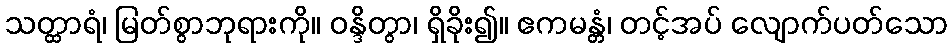
သတ္ထာရံ၊ မြတ်စွာဘုရားကို။ ဝန္ဒိတွာ၊ ရှိခိုး၍။ ဧကမန္တံ၊ တင့်အပ် လျောက်ပတ်သော